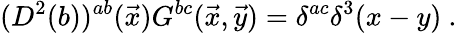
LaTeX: (D^{2}(b))^{ab}({\vec{x}})G^{bc}(\vec{x},\vec{y})=\delta^{ac}\delta^{3}(x-y)~.